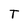
Character: T